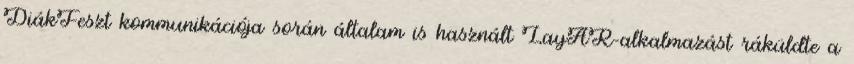
DiákFeszt kommunikációja során általam is használt LayAR-alkalmazást ráküldte a